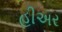
હીઅર